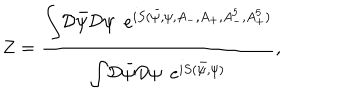
LaTeX: Z = \frac { { \displaystyle \int } { \cal D } { \bar { \psi } } { \cal D } \psi \, \, \, { \displaystyle e } ^ { i S ( { \bar { \psi } } , \psi , A _ { - } , A _ { + } , A _ { - } ^ { 5 } , A _ { + } ^ { 5 } ) } } { { \displaystyle \int } { \cal D } { \bar { \psi } } { \cal D } \psi \, \, \, { \displaystyle e } ^ { i S ( { \bar { \psi } } , \psi ) } } ,